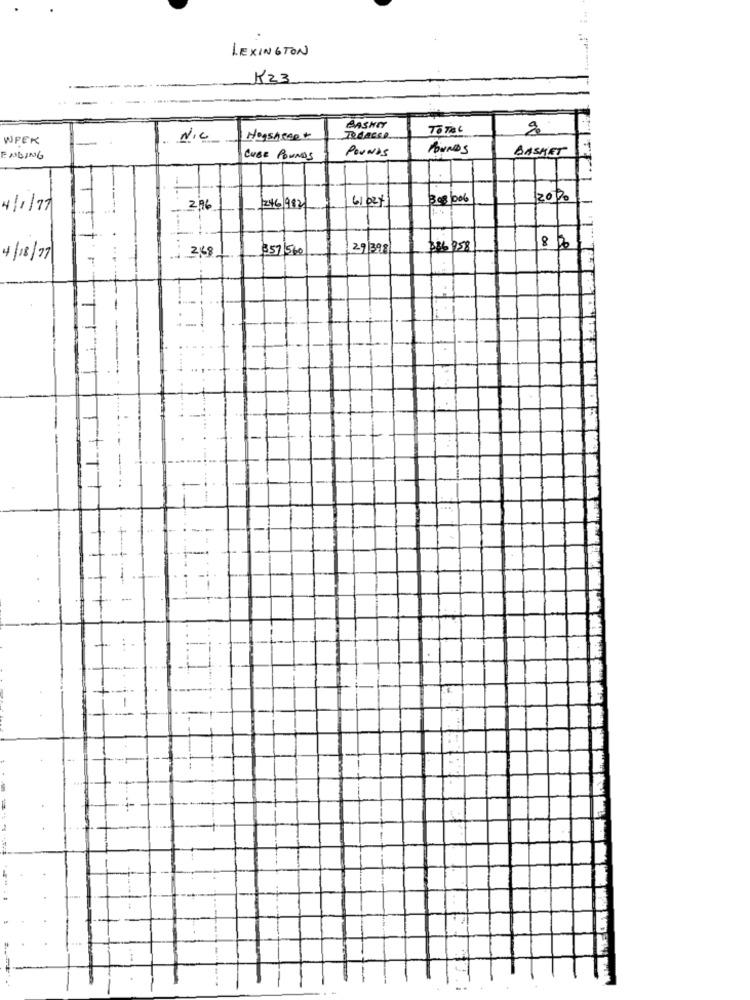
LEXINGTON
K23
BASKET
To Tal
WEEK
NIC
Nogen 500+
POUNDS
POUNDS
BASKET
ENDING
CUBE POUNDS
6/02/
3 08/006
2020
4/1/77
2,96
246/982
8
288
357 560
29 398
386 958
4/18/77
4